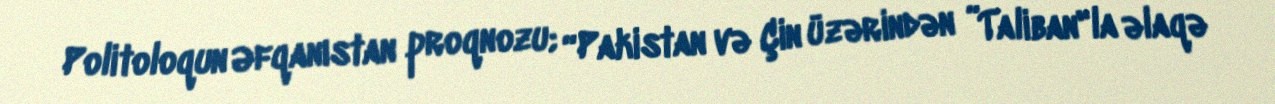
Politoloqun Əfqanıstan proqnozu; “Pakistan və Çin üzərindən ”Taliban"la əlaqə